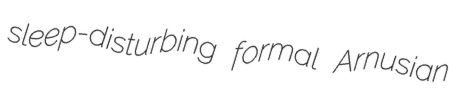
sleep-disturbing formal Arnusian